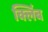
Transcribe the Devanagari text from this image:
क्लिंब